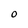
Character: 0